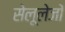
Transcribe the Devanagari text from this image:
सेलूलेजों